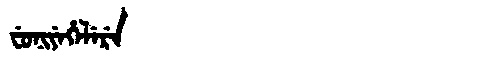
Manchu: ᠸᡠᠨᡳᠶᡝᡥᡝᠯᡝᡵᡝ
Romanization: FUNIYEHELERE